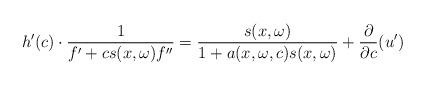
LaTeX: \begin{align*}h'(c)\cdot\frac{1}{f'+cs(x,\omega)f''}=\frac{s(x,\omega)}{1+a(x,\omega,c)s(x,\omega)}+\frac{\partial}{\partial c}(u') \end{align*}